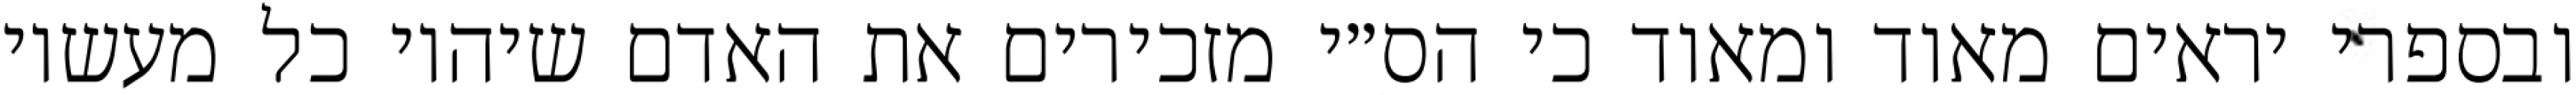
ובספרי יראים מאוד ומאוד כי הס״י מזכירים את האדם שיהיו כל מעשיו